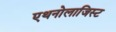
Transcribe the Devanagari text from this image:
एथनोलाजिस्ट